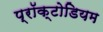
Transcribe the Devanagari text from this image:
प्रॉक्टोडियम